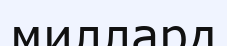
миллард